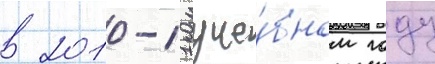
в 2010-11 уче́бном году